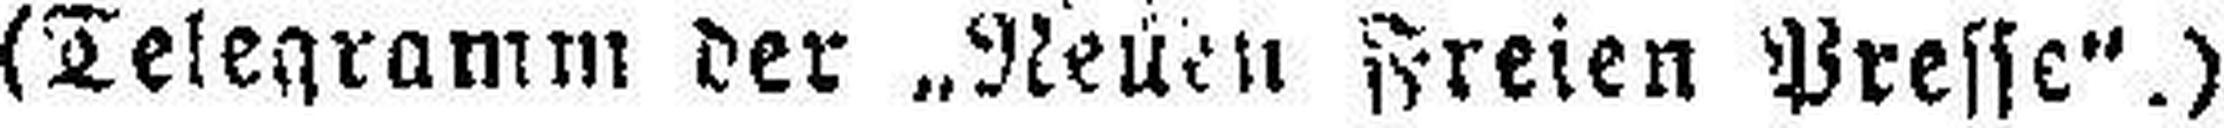
(Telegramm der „Neuen Freien Presse“.)